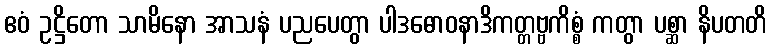
ဧဝံ ဥဋ္ဌိတော သာမိနော အာသနံ ပညပေတွာ ပါဒဓောဝနာဒိကတ္တဗ္ဗကိစ္စံ ကတွာ ပစ္ဆာ နိပတတိ